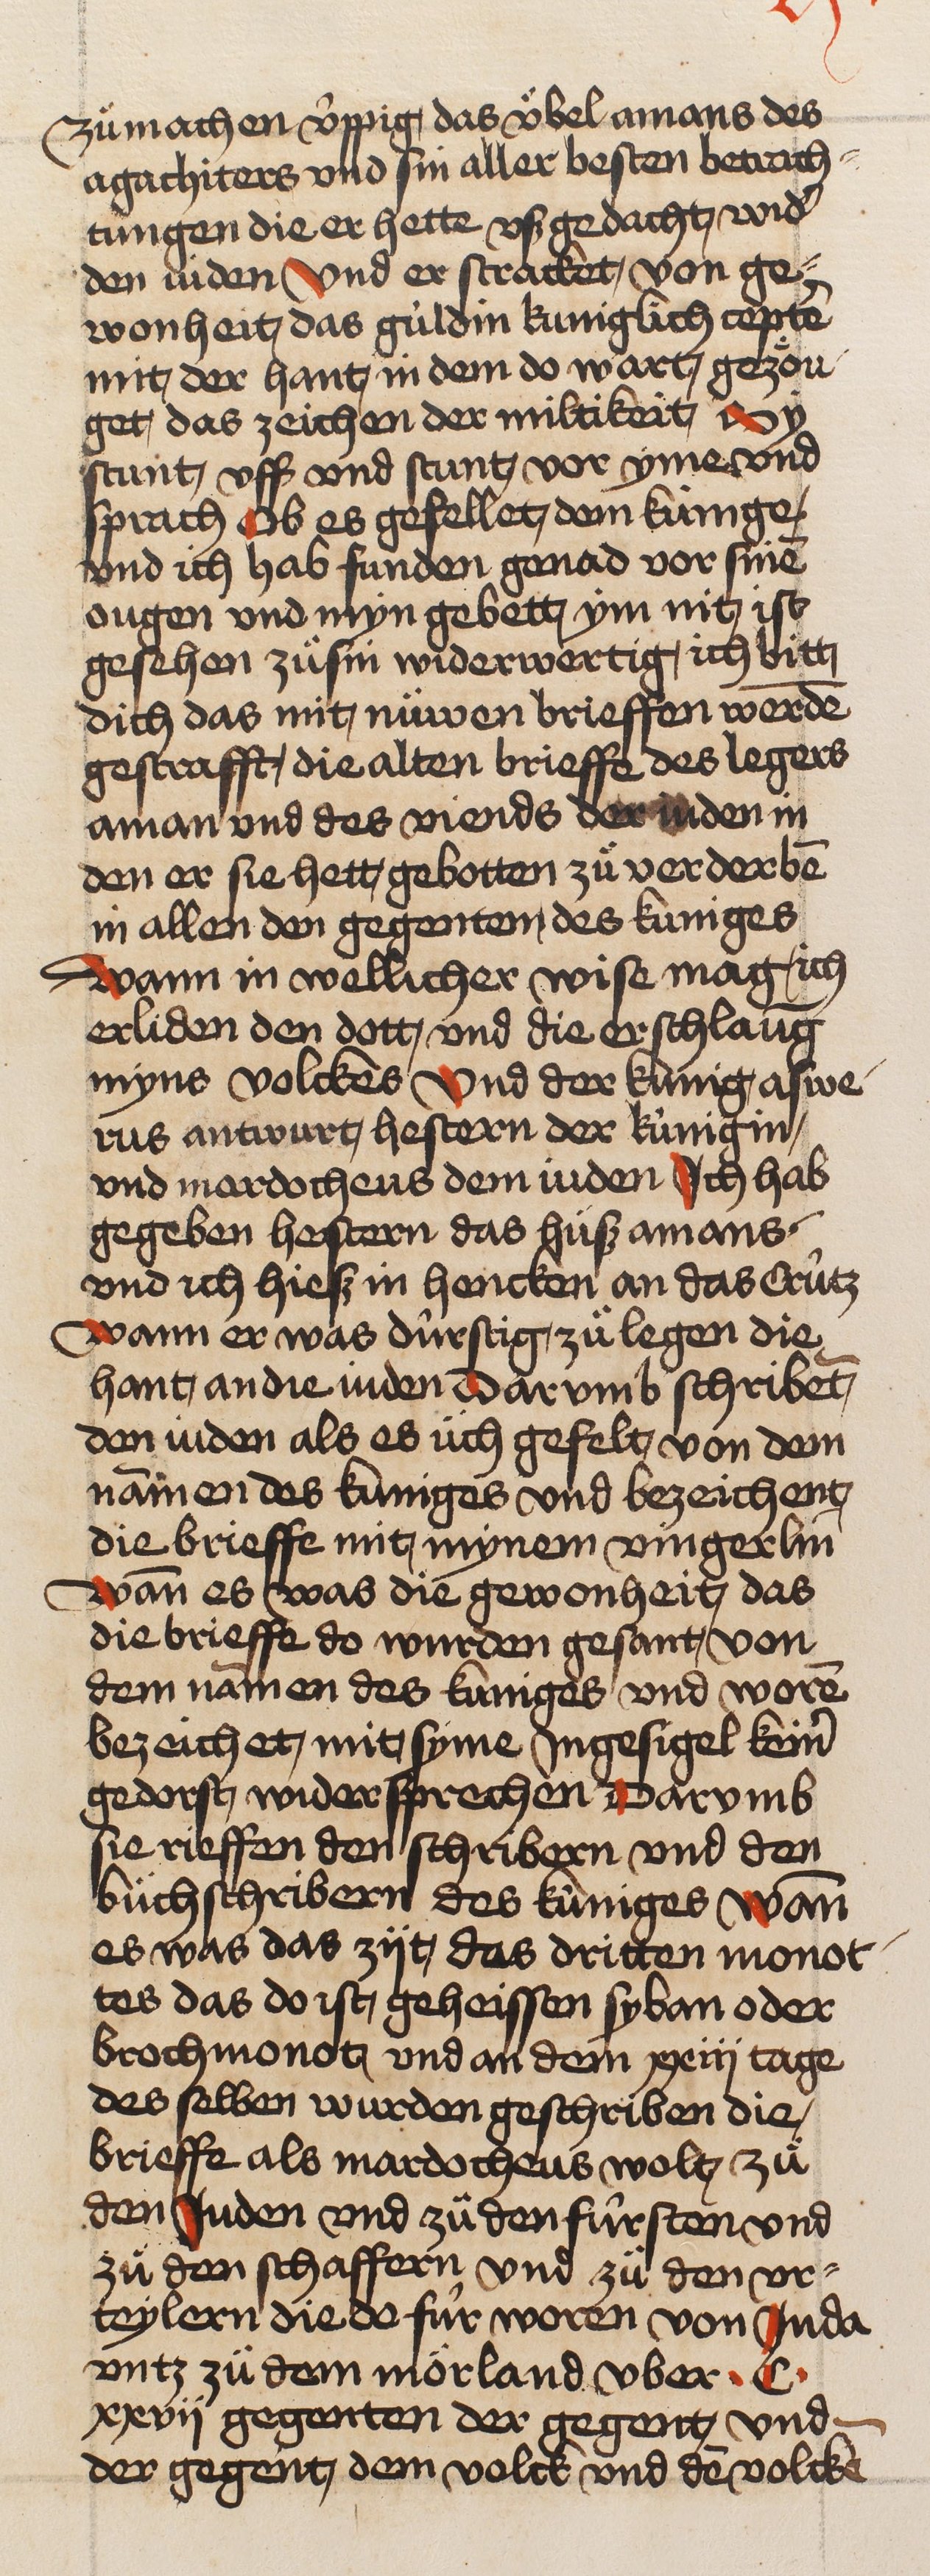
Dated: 1466–1499